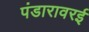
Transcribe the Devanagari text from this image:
पंडारावरई